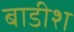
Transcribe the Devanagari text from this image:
बाडीश